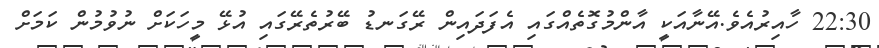
22:30 ހާއިރުއެވެ.އޭނާއަކީ އާންމުގޮތެއްގައި އެފަދައިން ރޭގަނޑު ބޭރުތެރޭގައި އުޅޭ މީހަކަށް ނުވުމުން ކަމަށް